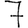
Digit: 7